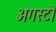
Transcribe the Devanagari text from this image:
अगस्टो